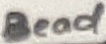
Text: Bead